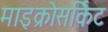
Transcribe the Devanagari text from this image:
माइक्रोसर्किट